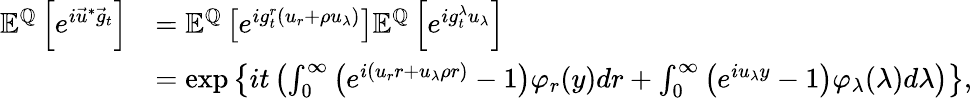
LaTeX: \begin{array}{rl}{{\mathbb E}^{{\mathbb Q}}\left[e^{i\vec{u}^{*}\vec{g}_{t}}\right]}&{={\mathbb E}^{{\mathbb Q}}\left[e^{ig_{t}^{r}(u_{r}+\rho u_{\lambda})}\right]{\mathbb E}^{{\mathbb Q}}\left[e^{ig_{t}^{\lambda}u_{\lambda}}\right]}\\ &{=\exp\left\lbrace it\left(\int_{0}^{\infty}\left(e^{i(u_{r}r+u_{\lambda}\rho r)}-1\right)\varphi_{r}(y)dr+\int_{0}^{\infty}\left(e^{iu_{\lambda}y}-1\right)\varphi_{\lambda}(\lambda)d\lambda\right)\right\rbrace,}\end{array}